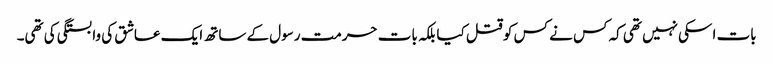
بات اسکی نہیں تھی کہ کس نے کس کو قتل کیا بلکہ بات حرمت رسول کے ساتھ ایک عاشق کی وابستگی کی تھی۔